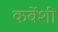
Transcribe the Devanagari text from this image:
कर्वेशी